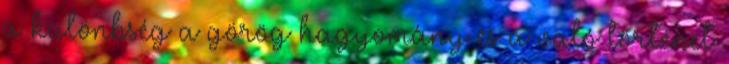
a különbség a görög hagyomány és a való történet